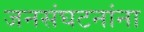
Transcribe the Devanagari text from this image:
जनसंघटनांना